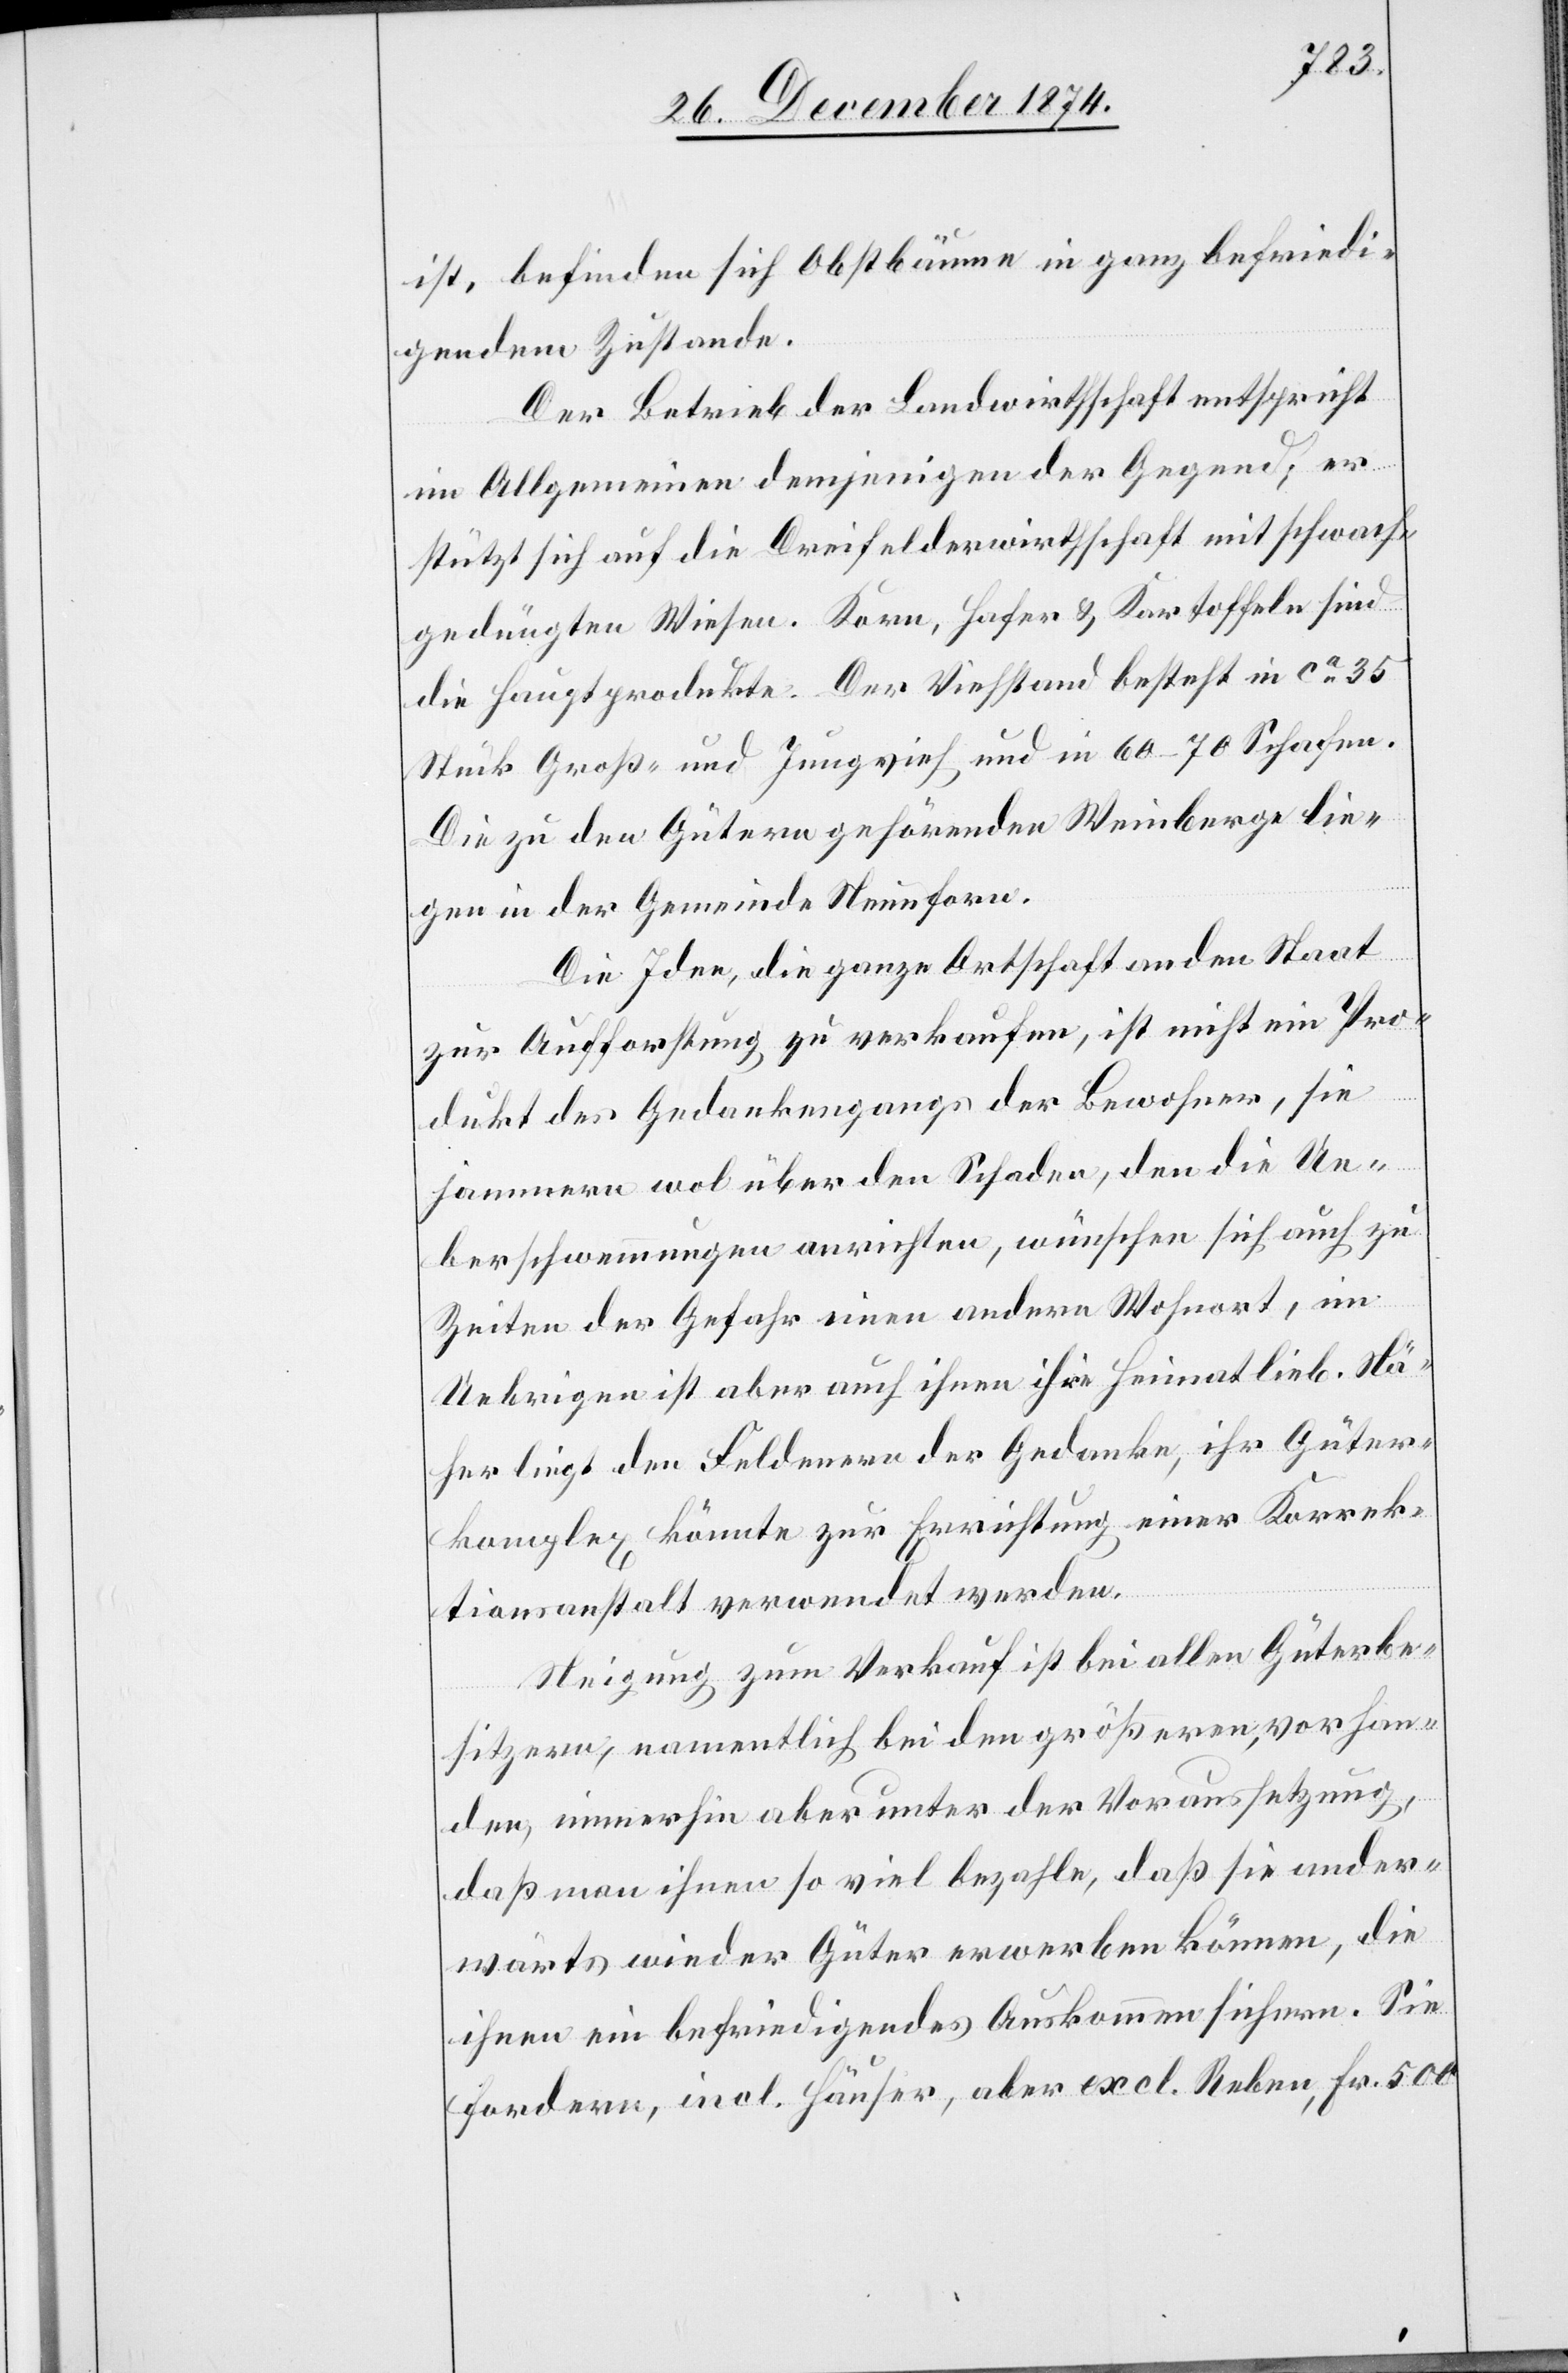
ist, befinden sich Obstbäume in ganz befriedi¬
gendem Zustande.
Der Betrieb der Landwirthschaft entspricht
im Allgemeinen demjenigen der Gegend; er
stützt sich auf die Dreifelderwirthschaft mit schwach¬
gedüngten Wiesen. Korn, Hafer & Kartoffeln sind
die Hauptprodukte. Der Viehstand besteht in ca 35
Stück Groß- und Jungvieh und in 60–70 Schafen.
Die zu den Gütern gehörenden Weinberge lie¬
gen in der Gemeinde Neunforn.
Die Idee, die ganze Ortschaft an den Staat
zur Aufforstung zu verkaufen, ist nicht im Pro¬
dukt des Gedankengangs der Bewohner, sie
jammern wol über den Schaden, den die Ue¬
berschwemmungen anrichten, wünschen sich auch zu
Zeiten der Gefahr einen andern Wohnort, im
Uebrigen ist aber auch ihnen ihre Heimat lieb. Nä¬
her liegt den Feldenern der Gedanke, ihr Güter¬
komplex könnte zur Errichtung einer Korrek¬
tionsanstalt verwendet werden.
Neigung zum Verkauf ist bei allen Güterbe¬
sitzern, namentlich bei den größeren, vorhan¬
den, immerhin aber unter der Voraussetzung,
daß man ihnen so viel bezahle, daß sie ander¬
wärts wieder Güter erwerben können, die
ihnen ein befriedigendes Auskommen sichern. Sie
fordern, incl. Häuser, aber excl. Reben, Fr. 500